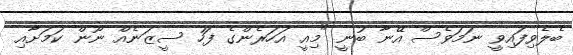
ބެލެވިފައިވީ ނަމަވެސް އޭނާ ބުނީ "މިއީ އަހަރެންގެ ފަހު ސީޒަނެއް ނޫން ކަމަށާއި